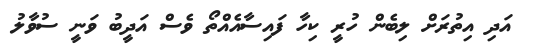
އަދި އިތުރަށް ލިބެން ހުރީ ކިހާ ފައިސާއެއްތޯ ވެސް އަދީބު ވަނީ ސުވާލު